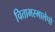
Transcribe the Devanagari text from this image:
चिताभस्मालेपो